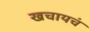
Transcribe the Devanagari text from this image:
खचायचं